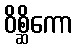
ဝိစ္ဆိကော